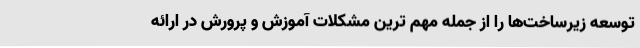
توسعه زیرساخت‌ها را از جمله مهم ترین مشکلات آموزش و پرورش در ارائه